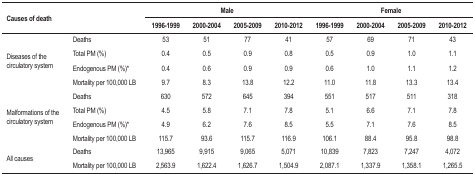
| <ROWSPAN=2-COLSPAN=2> Causes of death | <COLSPAN=4> Male | <COLSPAN=4> Female |
 | 1996-1999 | 2000-2004 | 2005-2009 | 2010-2012 | 1996-1999 | 2000-2004 | 2005-2009 | 2010-2012 |
 | --- | --- | --- | --- | --- | --- | --- | --- | --- | --- |
 | <ROWSPAN=4> Diseases of the circulatory system | Deaths | 53 | 51 | 77 | 41 | 57 | 69 | 71 | 43 |
 | Total PM (%) | 0.4 | 0.5 | 0.9 | 0.8 | 0.5 | 0.9 | 1.0 | 1.1 |
 | Endogenous PM (%)* | 0.4 | 0.6 | 0.9 | 0.9 | 0.6 | 1.0 | 1.1 | 1.2 |
 | Mortality per 100,000 LB | 9.7 | 8.3 | 13.8 | 12.2 | 11.0 | 11.8 | 13.3 | 13.4 |
 | <ROWSPAN=4> Malformations of the circulatorysystem | Deaths | 630 | 572 | 645 | 394 | 551 | 517 | 511 | 318 |
 | Total PM (%) | 4.5 | 5.8 | 7.1 | 7.8 | 5.1 | 6.6 | 7.1 | 7.8 |
 | Endogenous PM (%)* | 4.9 | 6.2 | 7.6 | 8.5 | 5.5 | 7.1 | 7.6 | 8.5 |
 | Mortality per 100,000 LB | 115.7 | 93.6 | 115.7 | 116.9 | 106.1 | 88.4 | 95.8 | 98.8 |
 | <ROWSPAN=2> All causes | Deaths | 13,965 | 9,915 | 9,065 | 5,071 | 10,839 | 7,823 | 7,247 | 4,072 |
 | Mortality per 100,000 LB | 2,563.9 | 1,622.4 | 1,626.7 | 1,504.9 | 2,087.1 | 1,337.9 | 1,358.1 | 1,265.5 |